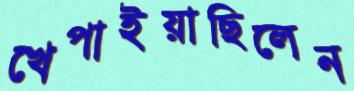
খেপাইয়াছিলেন